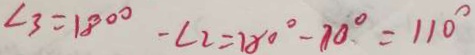
\angle 3 = 1 8 0 ^ { \circ } - \angle 2 = 1 8 0 ^ { \circ } - 7 0 ^ { \circ } = 1 1 0 ^ { \circ }